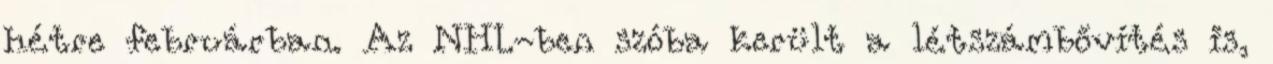
hétre februárban. Az NHL-ben szóba került a létszámbővítés is,